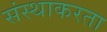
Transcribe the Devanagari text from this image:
संस्थाकरता